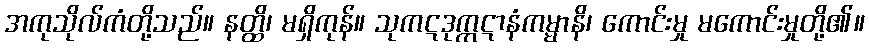
အကုသိုလ်ကံတို့သည်။ နတ္ထိ၊ မရှိကုန်။ သုကဋဒုက္ကဋာနံကမ္မာနိ၊ ကောင်းမှု မကောင်းမှုတို့၏။